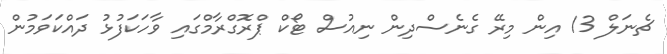
ޗެނަލް 13 އިން މިރޭ ގެނެސްދިން ނިއުސް ޓޯކް ޕްރޮގްރާމްގައި ވާހަކަފުޅު ދައްކަވަމުން